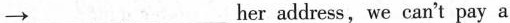
\rightarrow ___ ___ her address, we can't pay a